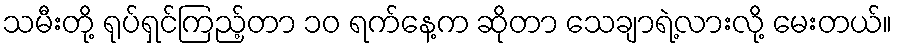
သမီးတို့ ရုပ်ရှင်ကြည့်တာ ၁၀ ရက်နေ့က ဆိုတာ သေချာရဲ့လားလို့ မေးတယ်။